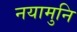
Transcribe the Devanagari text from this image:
नयामुनि